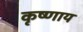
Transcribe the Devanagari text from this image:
कृष्णाय